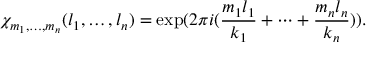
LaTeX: \chi _ { m _ { 1 } , \ldots , m _ { n } } ( l _ { 1 } , \ldots , l _ { n } ) = \exp ( 2 \pi i ( \frac { m _ { 1 } l _ { 1 } } { k _ { 1 } } + \dots + \frac { m _ { n } l _ { n } } { k _ { n } } ) ) .